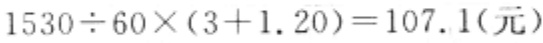
$1530\div60\times(3 + 1.20)=107.1(\text{元})$